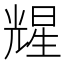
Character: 𪞃